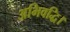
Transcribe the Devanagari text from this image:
अभिवद्धि।